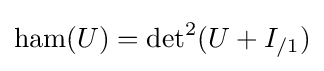
\operatorname {ham} (U)=\operatorname {det} ^{2}(U+I_{/1})